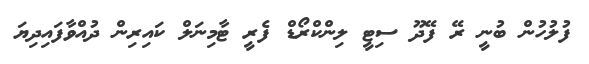
ފުލުހުން ބުނީ ރޭ ފޭދޫ ސިޓީ ލިންކްރޯޑް ފެރީ ޓާމިނަލް ކައިރިން ދުއްވާފައިދިޔަ